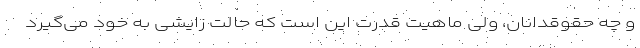
و چه حقوقدانان، ولی ماهیت قدرت این است که حالت زایشی به خود می‌گیرد